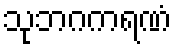
သုဘဂကရဏံ